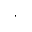
\cdot